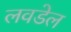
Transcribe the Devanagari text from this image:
लवडेल